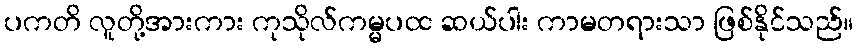
ပကတိ လူတို့အားကား ကုသိုလ်ကမ္မပထ ဆယ်ပါး ကာမတရားသာ ဖြစ်နိုင်သည်။